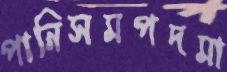
পানিসমপদমা